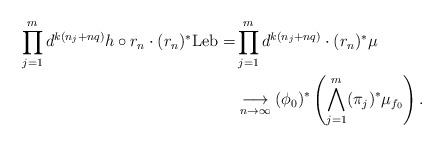
LaTeX: \begin{align*}\prod_{j=1}^md^{k(n_j+nq)}h\circ r_n\cdot (r_n)^*{\mathrm{Leb}} = & \prod_{j=1}^m d^{k(n_j+nq)}\cdot(r_n)^*\mu\\& \underset{n\rightarrow\infty}{\longrightarrow} (\phi_0)^*\left(\bigwedge_{j=1}^m(\pi_j)^*\mu_{f_0}\right).\end{align*}